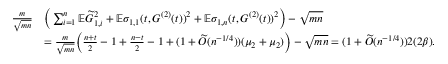
\begin{array} { r l } { \frac { m } { \sqrt { m n } } } & { \bigg ( \sum _ { i = 1 } ^ { n } \mathbb { E } \widetilde { G } _ { 1 , i } ^ { 2 } + \mathbb { E } \sigma _ { 1 , 1 } ( t , G ^ { ( 2 ) } ( t ) ) ^ { 2 } + \mathbb { E } \sigma _ { 1 , n } ( t , G ^ { ( 2 ) } ( t ) ) ^ { 2 } \bigg ) - \sqrt { m n } } \\ & { = \frac { m } { \sqrt { m n } } \bigg ( \frac { n + t } { 2 } - 1 + \frac { n - t } { 2 } - 1 + ( 1 + \widetilde { O } ( n ^ { - 1 / 4 } ) ) ( \mu _ { 2 } + \mu _ { 2 } ) \bigg ) - \sqrt { m n } = ( 1 + \widetilde { O } ( n ^ { - 1 / 4 } ) ) 2 ( 2 \beta ) . } \end{array}